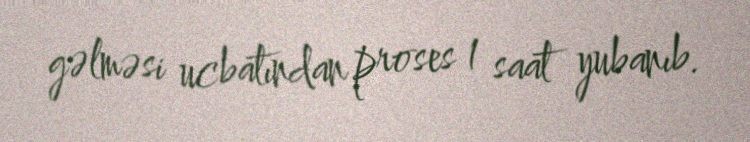
gəlməsi ucbatından proses 1 saat yubanıb.